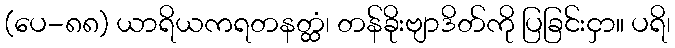
(ပေ-၈၈) ယာရိယကရတနတ္ထံ၊ တန်ခိုးဗျာဒိတ်ကို ပြခြင်းငှာ။ ပရိ၊